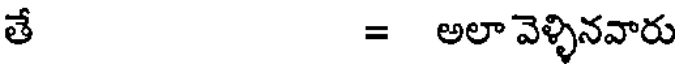
తే = అలా వెళ్ళినవారు